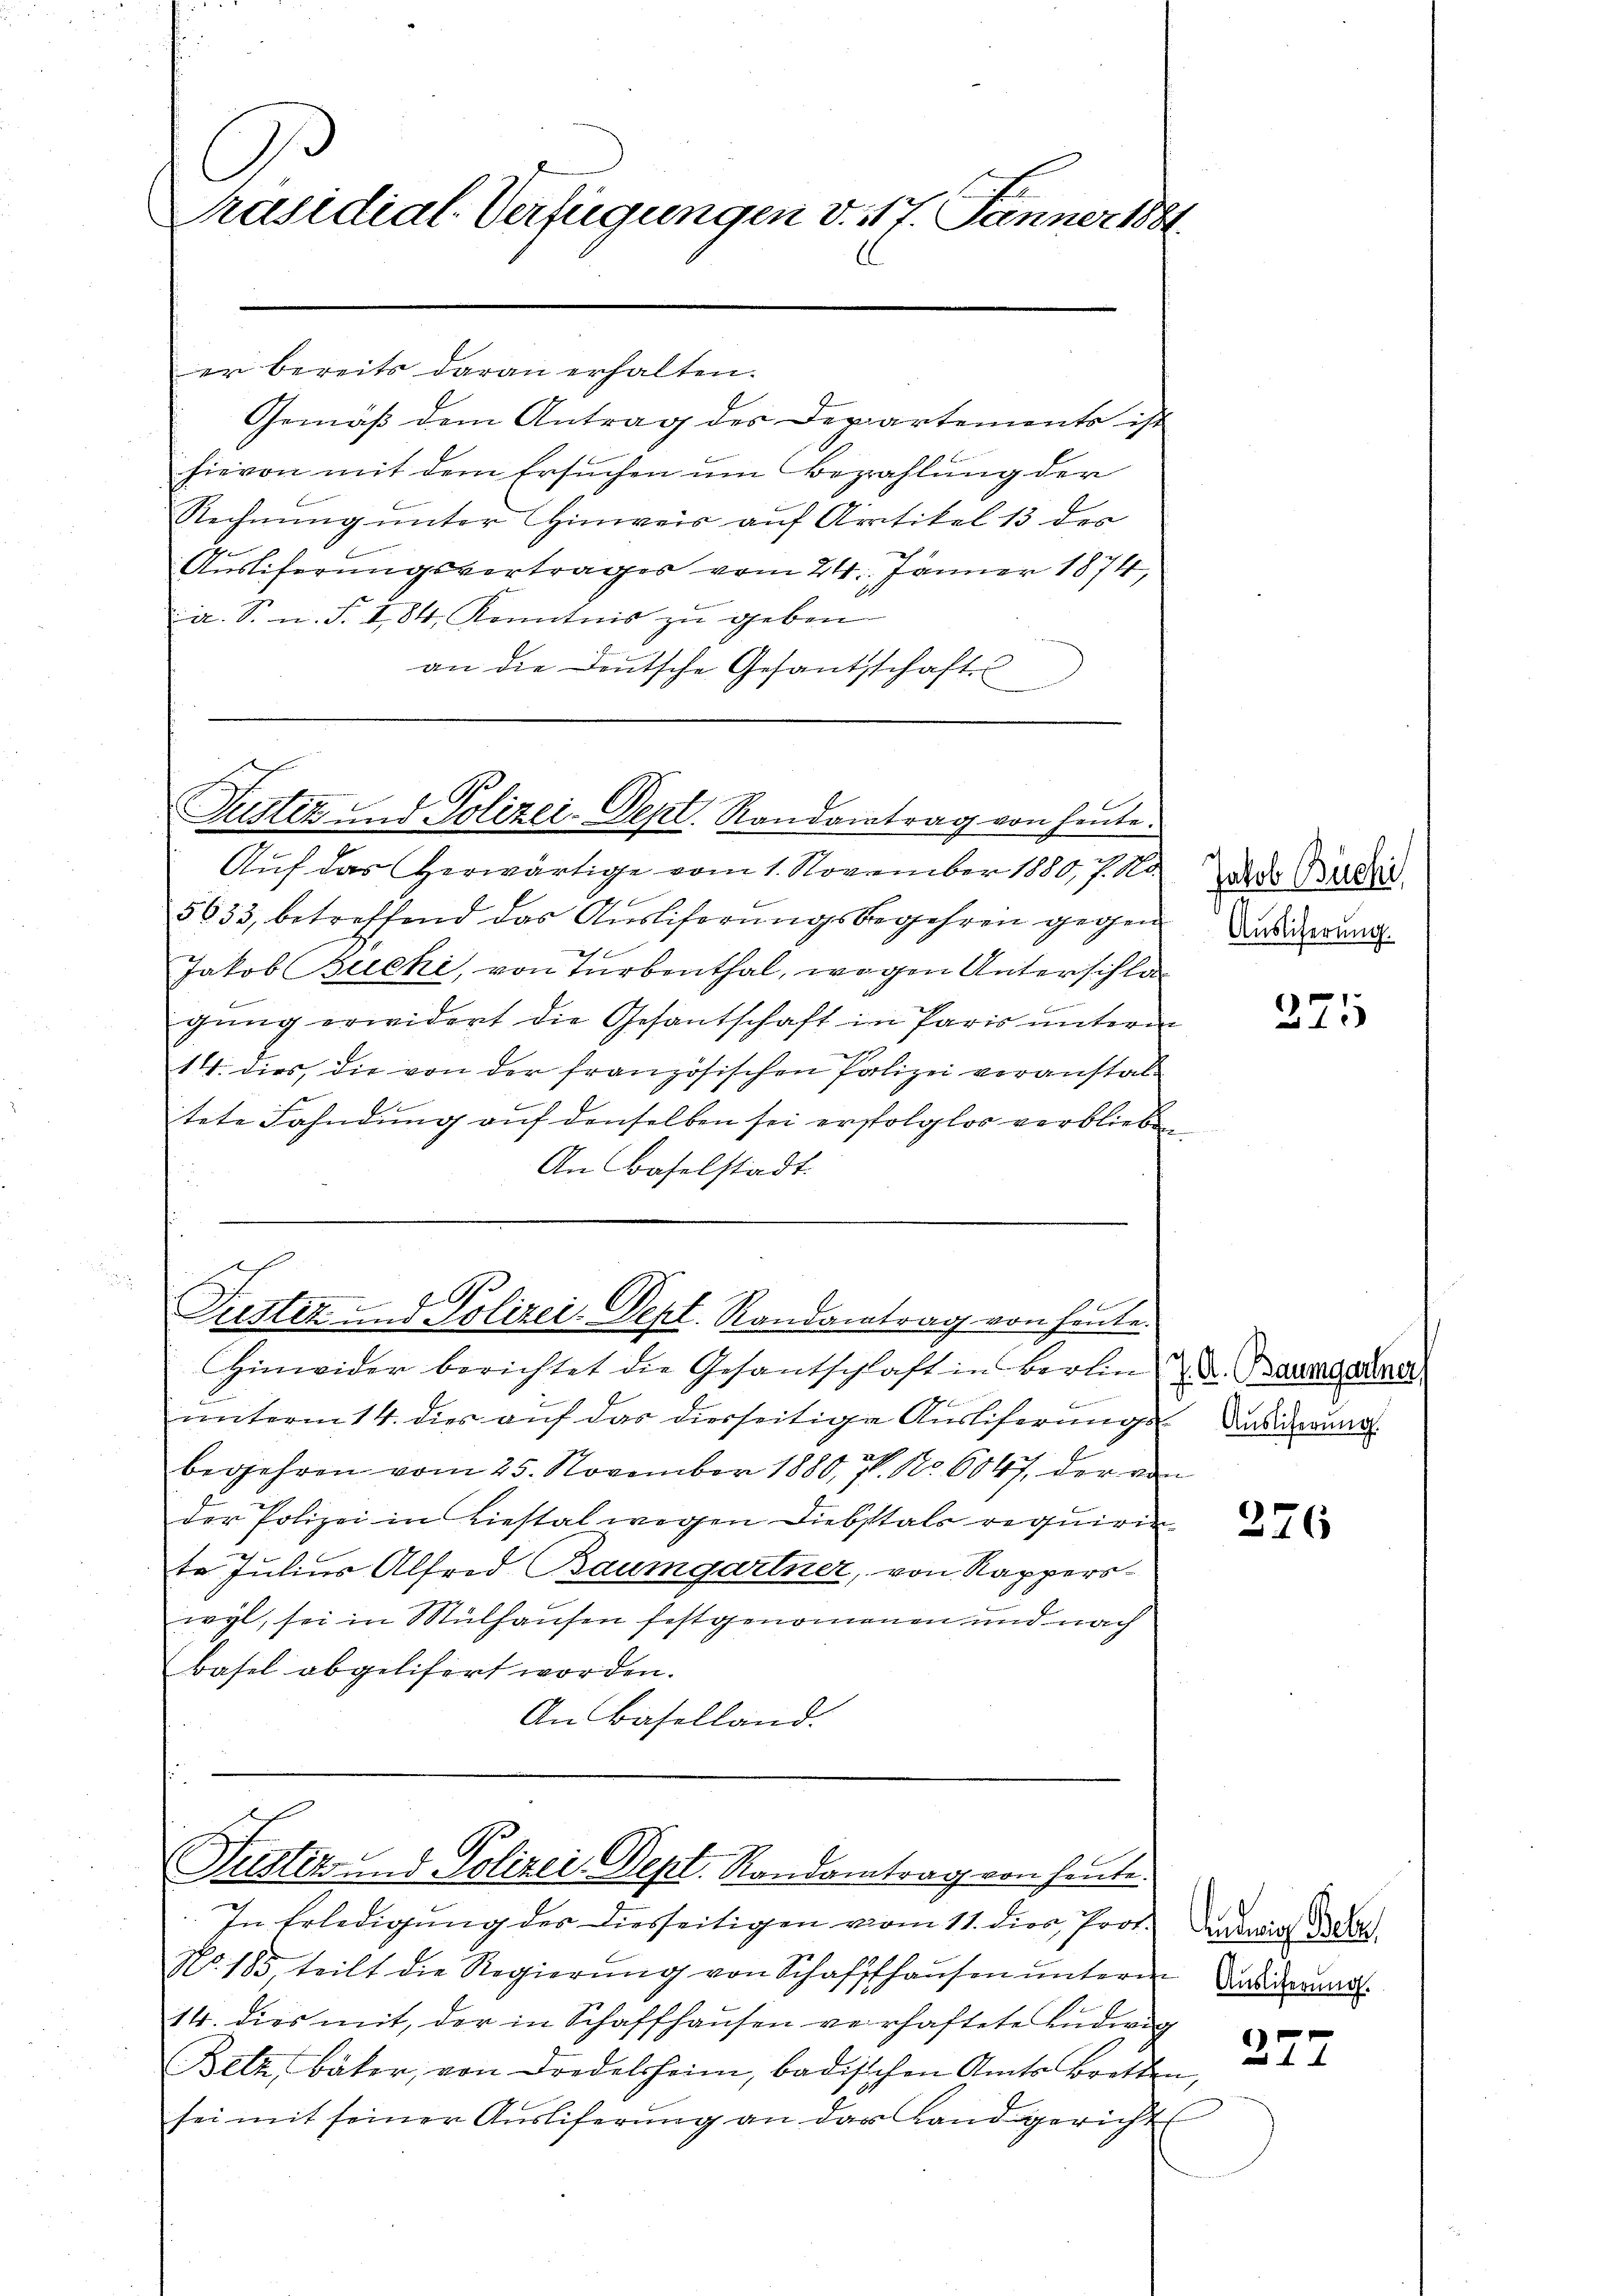
Präsidial-Verfügungen v. 117. Jänner 1882

er bereits daran erhalten.
Gemäß dem Antrag des Departements ist
hievon mit dem Ersuchen um Bezahlung der
Rechnung unter Hinweis auf Artikel 13 des
Ausliferungsvertrages vom 24. Jänner 1874,
a. S. u. S. 184, Kenntnis zŭ geben
an die Deutsche Gesantschaft

l
Justiz und Polizei-Dept. Randantrag von heute.

440.
Putter- und Polizei-Dept. Randantrag von heute.

Auf das herwärtige vom 1. November 1880, P. No
5633, betreffend das Ausliferŭngsbegehren gegen
Jakob Buchi, von Turbenthal, wegen Unterschlagung erwidert die Gesantschaft in Paris unterm
14. dies, die von der französischen Polizei voranstaltete Fahndung auf denselben sei erfolglos verbliebe¬
An Baselstadt.

Hinwider berichtet die Gesantschaft in Berlin u. Dr. Baumarmer
c
unterm 14. dies auf das diesseitige Ausliferungs darderung
begehren vom 25. November 1880, 7. No. 6047 der vo
der Polizei in Liestal wegen Diebstals requirir
te Julius Alfred Baumgartner, von Rapperswyl, sei in Mülhausen festgenommenen und nach
Basel abgelisert worden.
An Baselland.

Justiz und Polizei Dept. Randantrag von heute.

Jakob Büchi
Auslieferung.

In Erledigung des Diesseitigen vom 11. dies, Prof.
No. 185 teilt die Regierŭng von Schaffhaŭsen ŭnterm
14. dies mit, der in Schaffhausen verhaftete Ludwig
Belz, Bäker, von Dredelsheim, badischen Amts Bretten,
sei mit seiner Ausliferung an das Landgerichts

u

276

ewig Bele
Auslieferung.

277

275